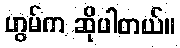
ဟွမ်က ဆိုပါတယ်။